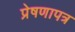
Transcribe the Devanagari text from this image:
प्रेषणापत्र